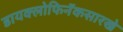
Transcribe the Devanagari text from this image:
डायक्लोफिनॅकसारखे